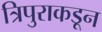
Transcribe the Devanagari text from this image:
त्रिपुराकडून